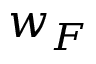
w _ { F }